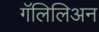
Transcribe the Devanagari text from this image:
गॅलिलिअन